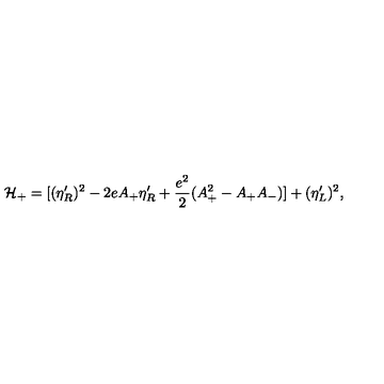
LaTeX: { \cal H } _ { + } = [ ( \eta _ { R } ^ { \prime } ) ^ { 2 } - 2 e A _ { + } \eta _ { R } ^ { \prime } + { \frac { e ^ { 2 } } { 2 } } ( A _ { + } ^ { 2 } - A _ { + } A _ { - } ) ] + ( \eta _ { L } ^ { \prime } ) ^ { 2 } ,